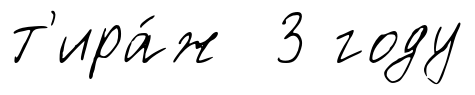
т'ира́ж 3 году